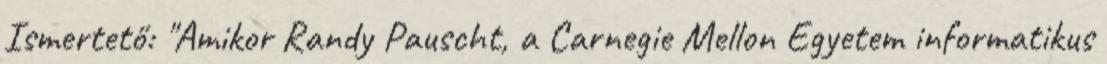
Ismertető: "Amikor Randy Pauscht, a Carnegie Mellon Egyetem informatikus